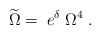
LaTeX: \begin{align*}\widetilde{\Omega }=\;e^\delta \;\Omega ^4\;. \end{align*}